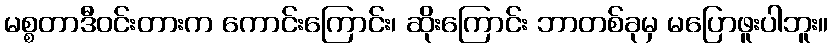
မစ္စတာဒီဝင်းတားက ကောင်းကြောင်း၊ ဆိုးကြောင်း ဘာတစ်ခုမှ မပြောဖူးပါဘူး။